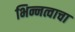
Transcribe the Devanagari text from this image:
भिन्नत्वाचा